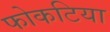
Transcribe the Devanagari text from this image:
फोकटिया